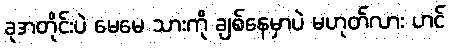
ခုအတိုင်းပဲ မေမေ သားကို ချစ်နေမှာပဲ မဟုတ်လား ဟင်